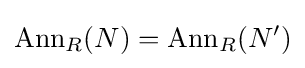
\mathrm {Ann} _{R}(N)=\mathrm {Ann} _{R}(N')